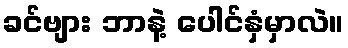
ခင်ဗျား ဘာနဲ့ ပေါင်နှံမှာလဲ။